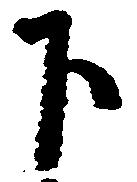
下